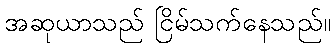
အဆုယာသည် ငြိမ်သက်နေသည်။